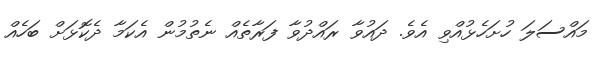
މައްސަލަ ހުށަހެޅުއްވި އެވެ. ދައުވާ ރައްދުވާ ފަރާތެއް ނެތުމުން އެކަމާ ދެކޮޅަށް ބަހެއް